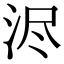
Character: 浕